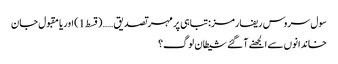
سول سروس ریفارمز:تباہی پر مہر تصدیق ……(قسط 1) اوریا مقبول جان
خاندانوں سے الجھنے آ گئے شیطان لوگ؟